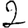
Digit: 2